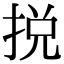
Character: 捝